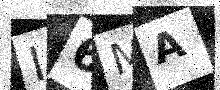
Text: I6MA